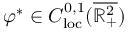
\varphi ^ { * } \in C _ { \mathrm { l o c } } ^ { 0 , 1 } ( \overline { { \mathbb { R } _ { + } ^ { 2 } } } )